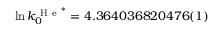
\ln k _ { 0 } ^ { \mathrm { ~ H ~ e ~ } ^ { * } } = 4 . 3 6 4 0 3 6 8 2 0 4 7 6 ( 1 )